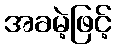
အခမဲ့ဖြင့်